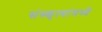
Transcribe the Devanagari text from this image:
संस्कृत्यांमध्ये